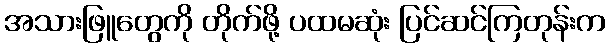
အသားဖြူတွေကို တိုက်ဖို့ ပထမဆုံး ပြင်ဆင်ကြတုန်းက